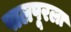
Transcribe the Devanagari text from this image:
पालपूरला